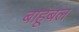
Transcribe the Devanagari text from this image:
बाहूबल